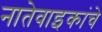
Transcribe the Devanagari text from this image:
नातेवाइकांचे